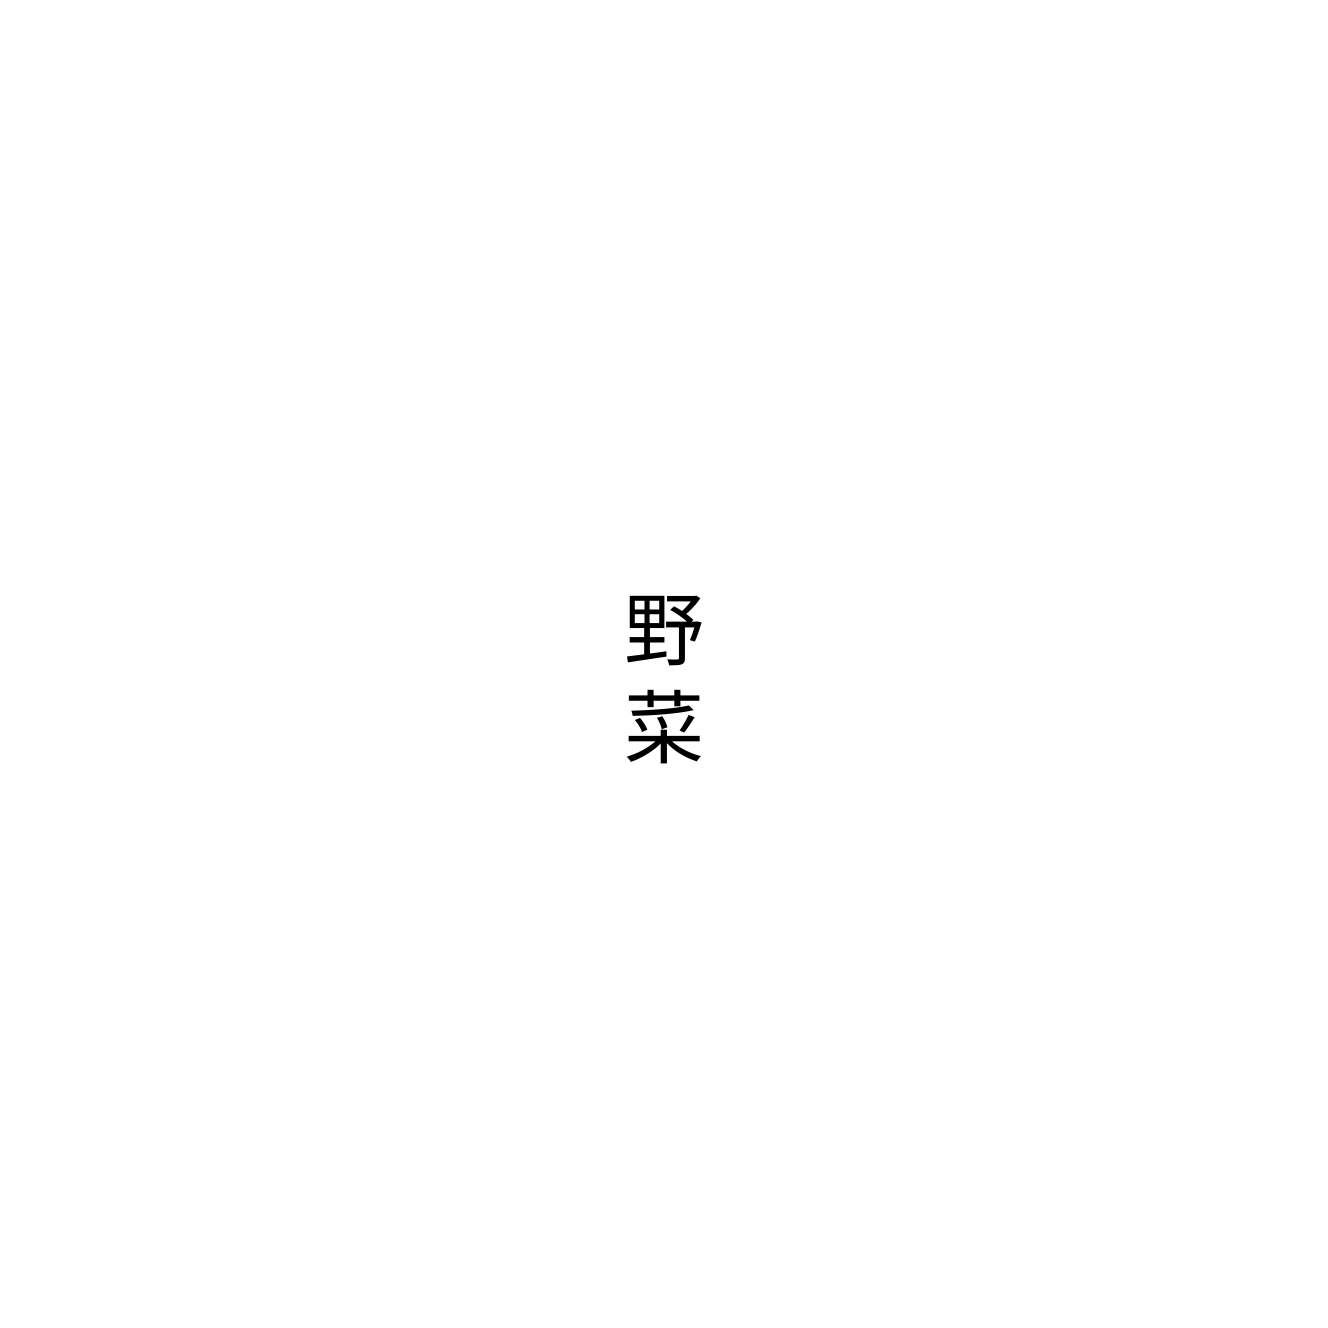
野菜